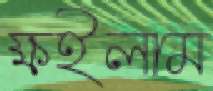
ক্ষইলাম